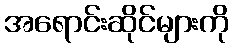
အရောင်းဆိုင်များကို